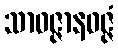
သာဝဇ္ဇာနဝဇ္ဇံ